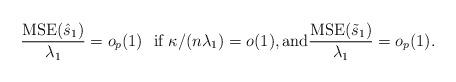
LaTeX: \begin{align*}\frac{\mbox{MSE}(\hat{s}_1)}{\lambda_1}=o_p(1)\ \ \mbox{if $\kappa/(n\lambda_1)=o(1)$}, \mbox{and} \frac{\mbox{MSE}(\tilde{s}_1)}{\lambda_1}=o_p(1).\end{align*}